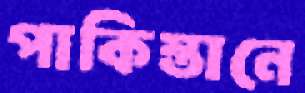
পাকিস্তানে